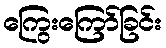
ကြွေးကြော်ခြင်း